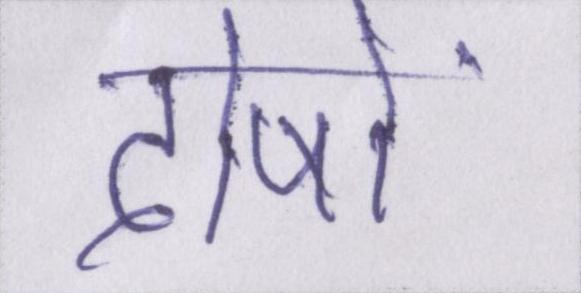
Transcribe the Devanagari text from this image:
दोषों